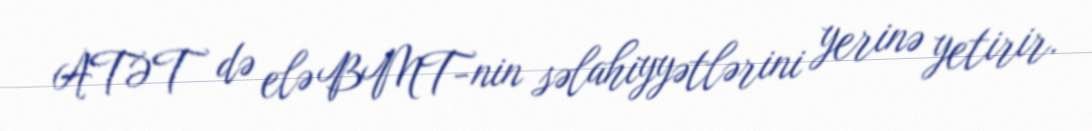
ATƏT də elə BMT-nin səlahiyyətlərini yerinə yetirir.